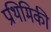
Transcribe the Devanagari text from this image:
प्रथिमिकी